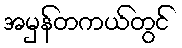
အမှန်တကယ်တွင်